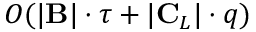
O ( | \mathbf { B } | \cdot \tau + | \mathbf { C } _ { L } | \cdot q )